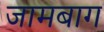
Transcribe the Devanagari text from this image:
जामबाग